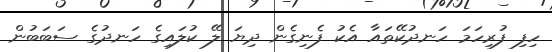
ހިފި ފުރިހަމަ ހަނދުކޭތައާ އެކު ފެނިގެން ދިޔަ ލޭ ކުލައިގެ ހަނދުގެ ސަބަބުން